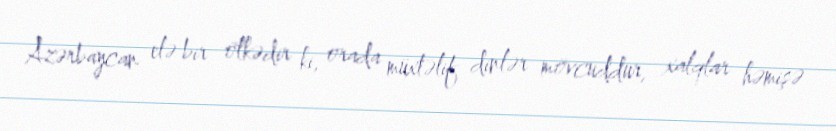
Azərbaycan elə bir ölkədir ki, orada müxtəlif dinlər mövcuddur, xalqlar həmişə